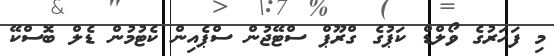
މި ފަހަރުގެ ވޯލްޑް ކަޕުގެ ގްރޫޕް ސްޓޭޖުން ސްޕެއިން ކެޓުމުން ޑެލް ބޮސްކޭ